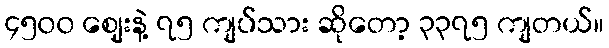
၄၅၀၀ ဈေးနဲ့ ၇၅ ကျပ်သား ဆိုတော့ ၃၃၇၅ ကျတယ်။